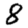
Digit: 8